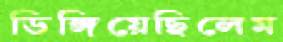
ডিঙ্গিয়েছিলেম